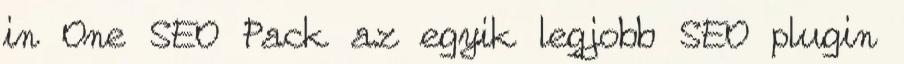
in One SEO Pack az egyik legjobb SEO plugin